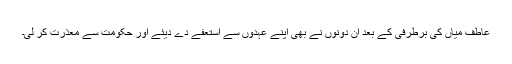
عاطف میاں کی برطرفی کے بعد ان دونوں نے بھی اپنے عہدوں سے استعفے دے دیئے اور حکومت سے معذرت کر لی۔